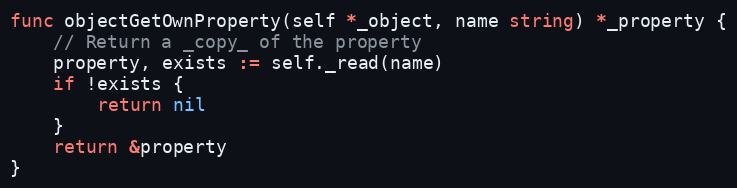
Language: Go
func objectGetOwnProperty(self *_object, name string) *_property {
	// Return a _copy_ of the property
	property, exists := self._read(name)
	if !exists {
		return nil
	}
	return &property
}